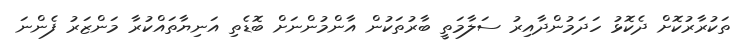
ތަކުރާރުކޮށް ދެކޮޅު ހަދަމުންދާއިރު ސަލާމަތީ ބާރުތަކުން އާންމުންނަށް ބޮޑެތި އަނިޔާތައްކުރާ މަންޒަރު ފެންނަ